Civil Veterinary Dept. Bombay admin report 1932-41 - 1932-1941
Year: 1932
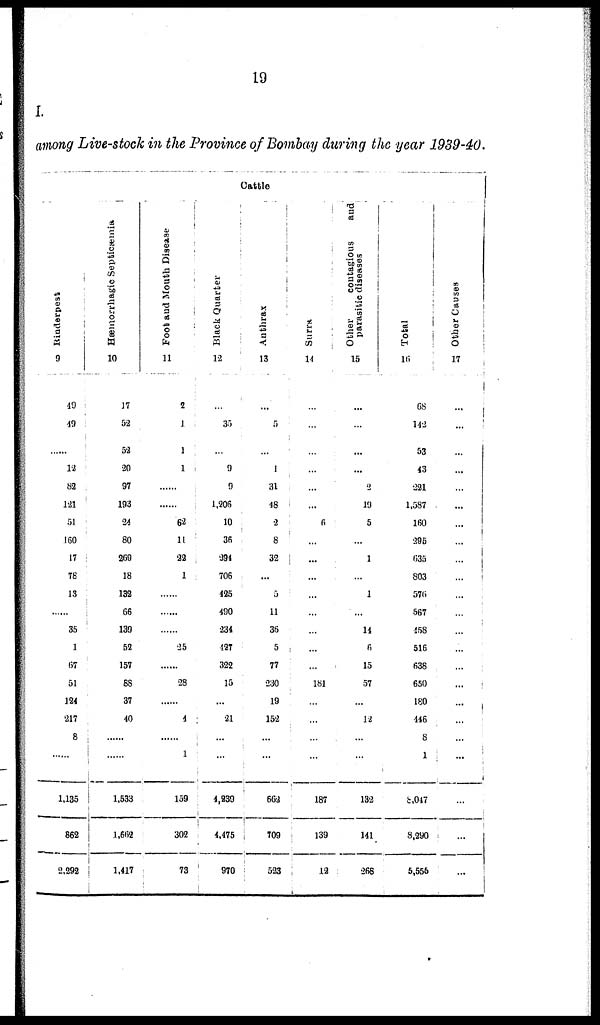
19
I.
among Live-stock in the Province of Bombay during the year 1939-40.
Cattle
Rinderpest
9
49
49
......
12
82
121
51
160
17
76
13
.....
35
1
67
51
124
217
8
.....
1,135
862
2,292
Hæmorrhagic Septicæmia
10
17
52
52
20
97
193
24
80
269
18
132
66
139
52
157
88
37
40
......
......
1,533
1,662
1,417
Foot and Mouth Disease
11
2
1
1
1
......
......
62
11
22
1
......
......
......
25
......
28
......
4
......
1
159
302
73
Black Quarter
12
...
35
...
9
9
1,206
10
36
294
706
425
490
234
427
322
15
...
21
...
...
4,239
4,475
970
Anthrax
13
...
5
...
1
31
48
2
8
32
...
5
11
36
5
77
230
19
152
...
...
662
709
523
Surra
14
...
...
...
...
...
...
6
...
...
...
...
...
...
...
...
181
...
...
...
...
187
139
12
Other
contagious
and
parasitic diseases
15
...
...
...
...
2
19
5
...
1
...
1
...
14
6
15
57
...
12
...
...
132
141
266
Total
16
68
142
53
43
221
1,587
160
295
635
803
576
567
458
516
638
650
180
446
8
1
8,047
8,290
5,556
Other Causes
17
...
...
...
...
...
...
...
...
...
...
...
...
...
...
...
...
...
...
...
...
...
...
...